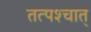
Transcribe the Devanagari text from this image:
तत्‍पश्‍चात्